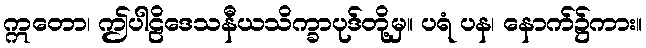
ဣတော၊ ဤပါဠိဒေသနီယသိက္ခာပုဒ်တို့မှ။ ပရံ ပန၊ နောက်၌ကား။